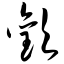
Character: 欢